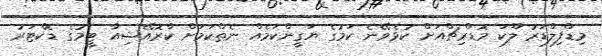
މިޑްފިލްޑަރު ލޫކަ މޮޑްރިޗްއަށް ކުޅެވޭނެ ކަމުގެ ޔަގީންކަމެއް ނެތްކަމަށް ކްރޮއޭޝިއާ ޓީމުގެ ޑޮކްޓަރު